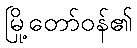
မြို့တော်ဝန်၏